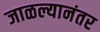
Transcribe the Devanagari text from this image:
जाळल्यानंतर